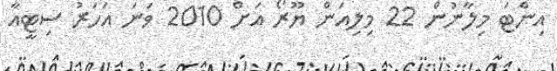
އިންޓަ މިލާނުން 22 މިލިއަން ޔޫރޯ އަށް 2010 ވަނަ އަހަރު ސިޓީއާ